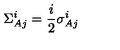
\Sigma _ { A j } ^ { i } = \frac { i } { 2 } \sigma _ { A j } ^ { i }